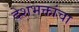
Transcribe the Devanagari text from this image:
देशभक्तांचा